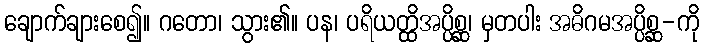
ချောက်ချားစေ၍။ ဂတော၊ သွား၏။ ပန၊ ပရိယတ္ထိအပ္ပိစ္ဆ၊ မှတပါး အဓိဂမအပ္ပိစ္ဆ-ကို